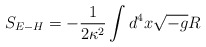
\begin{align*}S_{E-H}=-\frac{1}{2\kappa^{2}}\int d^{4}x\sqrt{-g} R\end{align*}